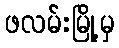
ဖလမ်းမြို့မှ